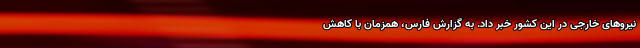
نیروهای خارجی در این کشور خبر داد. به گزارش فارس، همزمان با کاهش